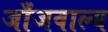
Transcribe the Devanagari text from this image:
जाँजवाल्य